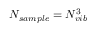
N _ { s a m p l e } = N _ { v i b } ^ { 3 }